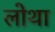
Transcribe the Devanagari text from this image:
लोथा